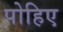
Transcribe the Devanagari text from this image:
पोहिए